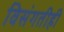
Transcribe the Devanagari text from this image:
विसंगतीही